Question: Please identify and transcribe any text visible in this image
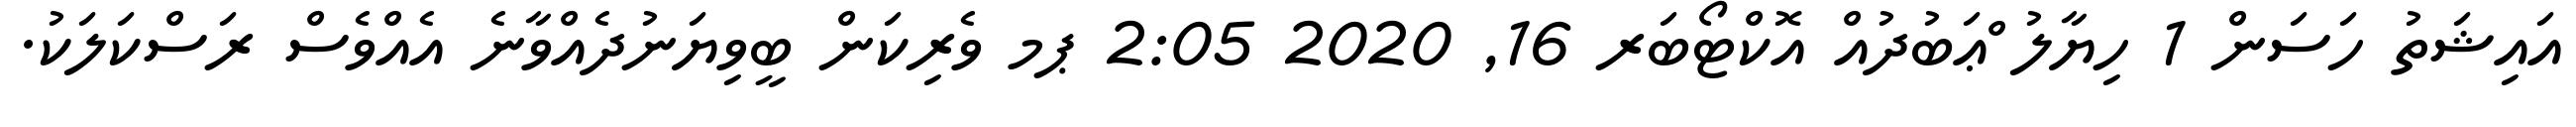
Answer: އައިޝަތު ހަސަން 1 ހިޔާލު ްޢަބުދުއް އޮކްޓޯބަރ 16, 2020 2:05 ޕމ ވެރިކަން ބީވިޔަނުދެއްވާނެ އެއްވެސް ރަސްކަލަކު.